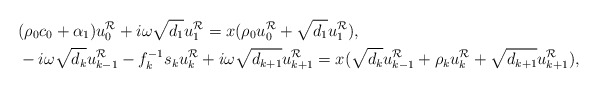
\begin{align*}&(\rho_0c_0+\alpha_1) u_0^{\mathcal{R}}+i\omega\sqrt{d_1}u_1^{\mathcal{R}}=x(\rho_0u_0^{\mathcal{R}}+\sqrt{d_1}u_1^{\mathcal{R}}), \\&-i\omega\sqrt{d_{k}}u_{k-1}^{\mathcal{R}}-f_{k}^{-1}s_{k}u_{k}^{\mathcal{R}}+i\omega\sqrt{d_{k+1}}u_{k+1}^{\mathcal{R}}=x(\sqrt{d_{k}}u_{k-1}^{\mathcal{R}}+\rho_ku_{k}^{\mathcal{R}}+\sqrt{d_{k+1}}u_{k+1}^{\mathcal{R}}), \end{align*}